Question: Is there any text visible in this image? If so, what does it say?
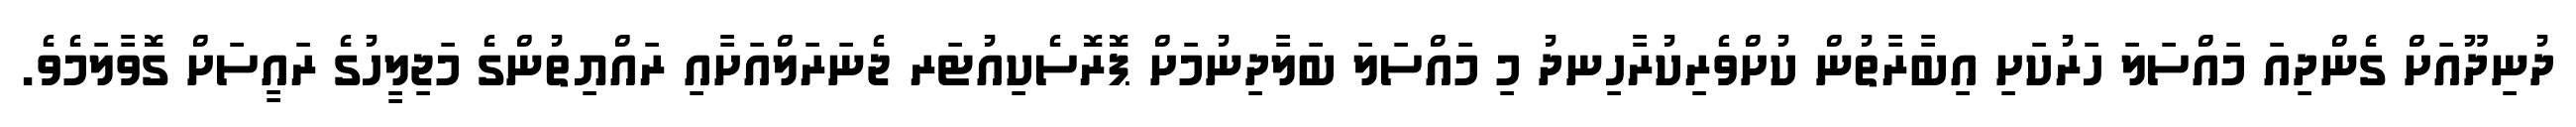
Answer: ދުނިދޫއަށް ގެންދިއަ މައްސަލަ ހަރުކަށި އިބާރާތުން ކުށްވެރިކުރާހިނދު މި މައްސަލަ ބަލާދިނުމަށް ޕޮރޮސެކިއުޓަރ ޖެނަރަލްއަށާއި ރައްޔިތުންގެ މަޖިލީހުގެ ރައީސަށް ގޮވާލަމެވެ.